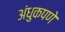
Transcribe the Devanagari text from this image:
अंधुकपणे